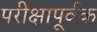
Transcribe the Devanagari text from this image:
परीक्षापूर्वक